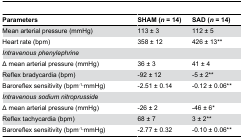
<table><thead><tr><td><b>Parameters</b></td><td><b>SHAM (<i>n</i> = 14)</b></td><td><b>SAD (<i>n</i> = 14)</b></td></tr></thead><tbody><tr><td>Mean arterial pressure (mmHg)</td><td>113 ± 3</td><td>112 ± 5</td></tr><tr><td>Heart rate (bpm)</td><td>358 ± 12</td><td>426 ± 13**</td></tr><tr><td><i>Intravenous phenylephrine</i></td><td></td><td></td></tr><tr><td>Δ mean arterial pressure (mmHg)</td><td>36 ± 3</td><td>41 ± 4</td></tr><tr><td>Reflex bradycardia (bpm)</td><td>-92 ± 12</td><td>-5 ± 2**</td></tr><tr><td>Baroreflex sensitivity (bpm<sup>-1</sup>∙mmHg)</td><td>-2.51 ± 0.14</td><td>-0.12 ± 0.06**</td></tr><tr><td><i>Intravenous sodium nitroprusside</i></td><td></td><td></td></tr><tr><td>Δ mean arterial pressure (mmHg)</td><td>-26 ± 2</td><td>-46 ± 6*</td></tr><tr><td>Reflex tachycardia (bpm)</td><td>68 ± 7</td><td>3 ± 2**</td></tr><tr><td>Baroreflex sensitivity (bpm<sup>-1</sup>∙mmHg)</td><td>-2.77 ± 0.32</td><td>-0.10 ± 0.06**</td></tr></tbody></table>